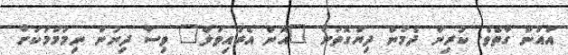
އައުން ގާތެވެ. ކުރިން ދެމުން ދިޔަގޮތަށް "އޮން އެރައިވަލް" ވިސާ ދިނުން ނިމުމަމަކަށް